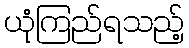
ယုံကြည်ရသည့်